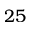
2 5